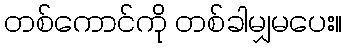
တစ်ကောင်ကို တစ်ခါမျှမပေး။